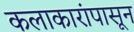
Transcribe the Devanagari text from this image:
कलाकारांपासून